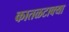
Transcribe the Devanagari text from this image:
कातळटाक्या